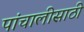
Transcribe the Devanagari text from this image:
पांचालीसाठी